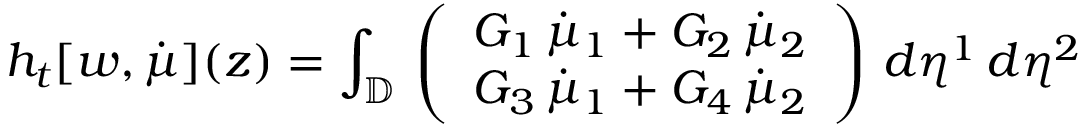
h _ { t } [ w , \dot { \mu } ] ( z ) = \int _ { \mathbb { D } } \, \left( \begin{array} { l } { G _ { 1 } \, \dot { \mu } _ { 1 } + G _ { 2 } \, \dot { \mu } _ { 2 } } \\ { G _ { 3 } \, \dot { \mu } _ { 1 } + G _ { 4 } \, \dot { \mu } _ { 2 } } \end{array} \right) \, d \eta ^ { 1 } \, d \eta ^ { 2 }